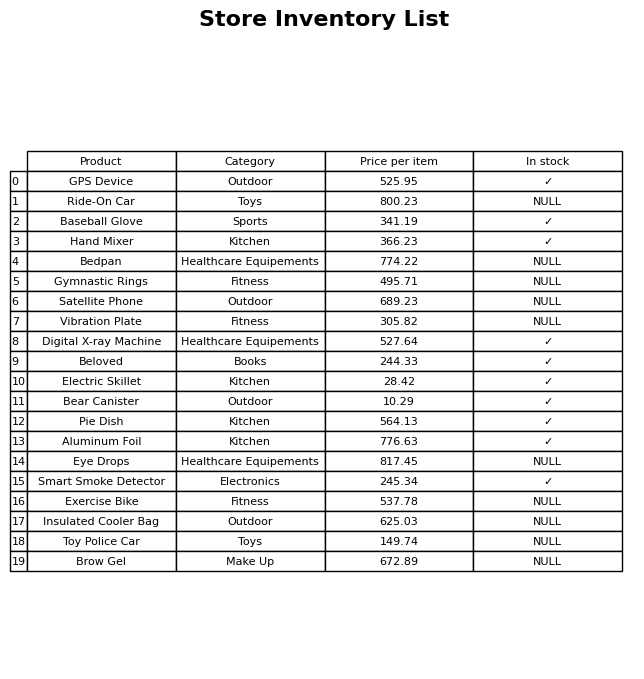
question: What is the price for Aluminum Foil?
answer: The price of Aluminum Foil is 776.63.